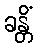
ခန္တိံ